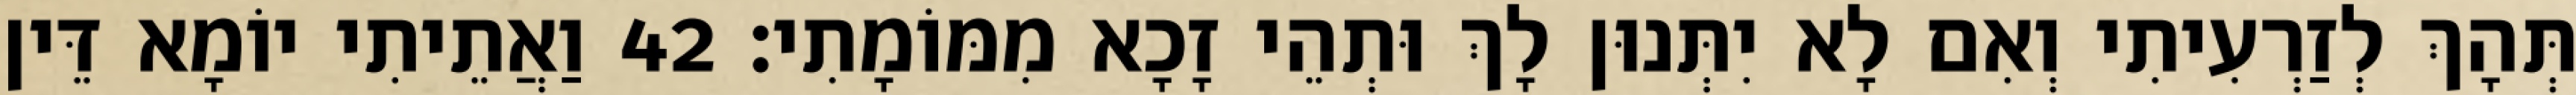
תְּהָךְ לְזַרְעִיתִי וְאִם לָא יִתְּנוּן לָךְ וּתְהֵי זָכָא מִמּוֹמָתִי׃ 42 וַאֲתֵיתִי יוֹמָא דֵּין